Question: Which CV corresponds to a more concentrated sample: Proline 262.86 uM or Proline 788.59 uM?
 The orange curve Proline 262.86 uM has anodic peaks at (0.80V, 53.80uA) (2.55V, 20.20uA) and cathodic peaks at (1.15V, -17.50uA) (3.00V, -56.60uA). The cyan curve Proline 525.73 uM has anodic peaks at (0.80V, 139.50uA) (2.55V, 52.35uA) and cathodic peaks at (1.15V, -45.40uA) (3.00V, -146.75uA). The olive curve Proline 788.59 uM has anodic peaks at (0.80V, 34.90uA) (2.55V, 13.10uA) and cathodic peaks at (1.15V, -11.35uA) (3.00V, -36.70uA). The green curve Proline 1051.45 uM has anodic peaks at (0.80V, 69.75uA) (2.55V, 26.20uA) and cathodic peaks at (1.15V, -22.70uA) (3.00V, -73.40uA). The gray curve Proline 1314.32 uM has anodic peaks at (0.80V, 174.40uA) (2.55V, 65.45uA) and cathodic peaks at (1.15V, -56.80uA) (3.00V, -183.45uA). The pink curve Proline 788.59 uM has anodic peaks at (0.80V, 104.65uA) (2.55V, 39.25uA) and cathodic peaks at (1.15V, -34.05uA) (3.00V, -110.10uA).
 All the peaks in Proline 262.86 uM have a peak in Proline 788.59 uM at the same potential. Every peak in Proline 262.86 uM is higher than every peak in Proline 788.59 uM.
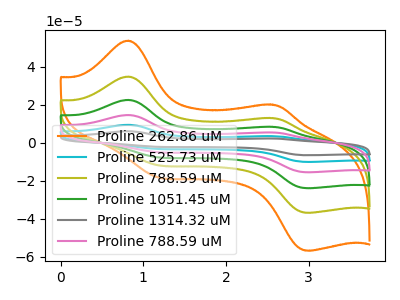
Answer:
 <answer>"Proline 262.86 uM" has more signal than "Proline 788.59 uM" and so likely has a higher concentration.</answer>
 <eval>more_concentration</eval>